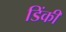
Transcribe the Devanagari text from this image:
डिंकी